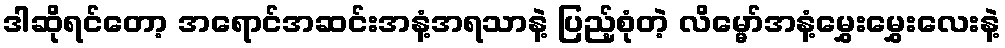
ဒါဆိုရင်တော့ အရောင်အဆင်းအနံ့အရသာနဲ့ ပြည့်စုံတဲ့ လိမ္မော်အနံ့မွှေးမွှေးလေးနဲ့